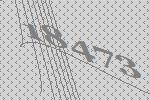
18473